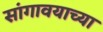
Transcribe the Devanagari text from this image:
सांगावयाच्या